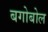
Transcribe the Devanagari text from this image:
बगोबोल